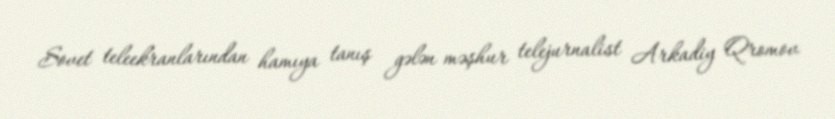
Sovet teleekranlarından hamıya tanış gələn məşhur telejurnalist Arkadiy Qromov